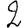
Digit: 2